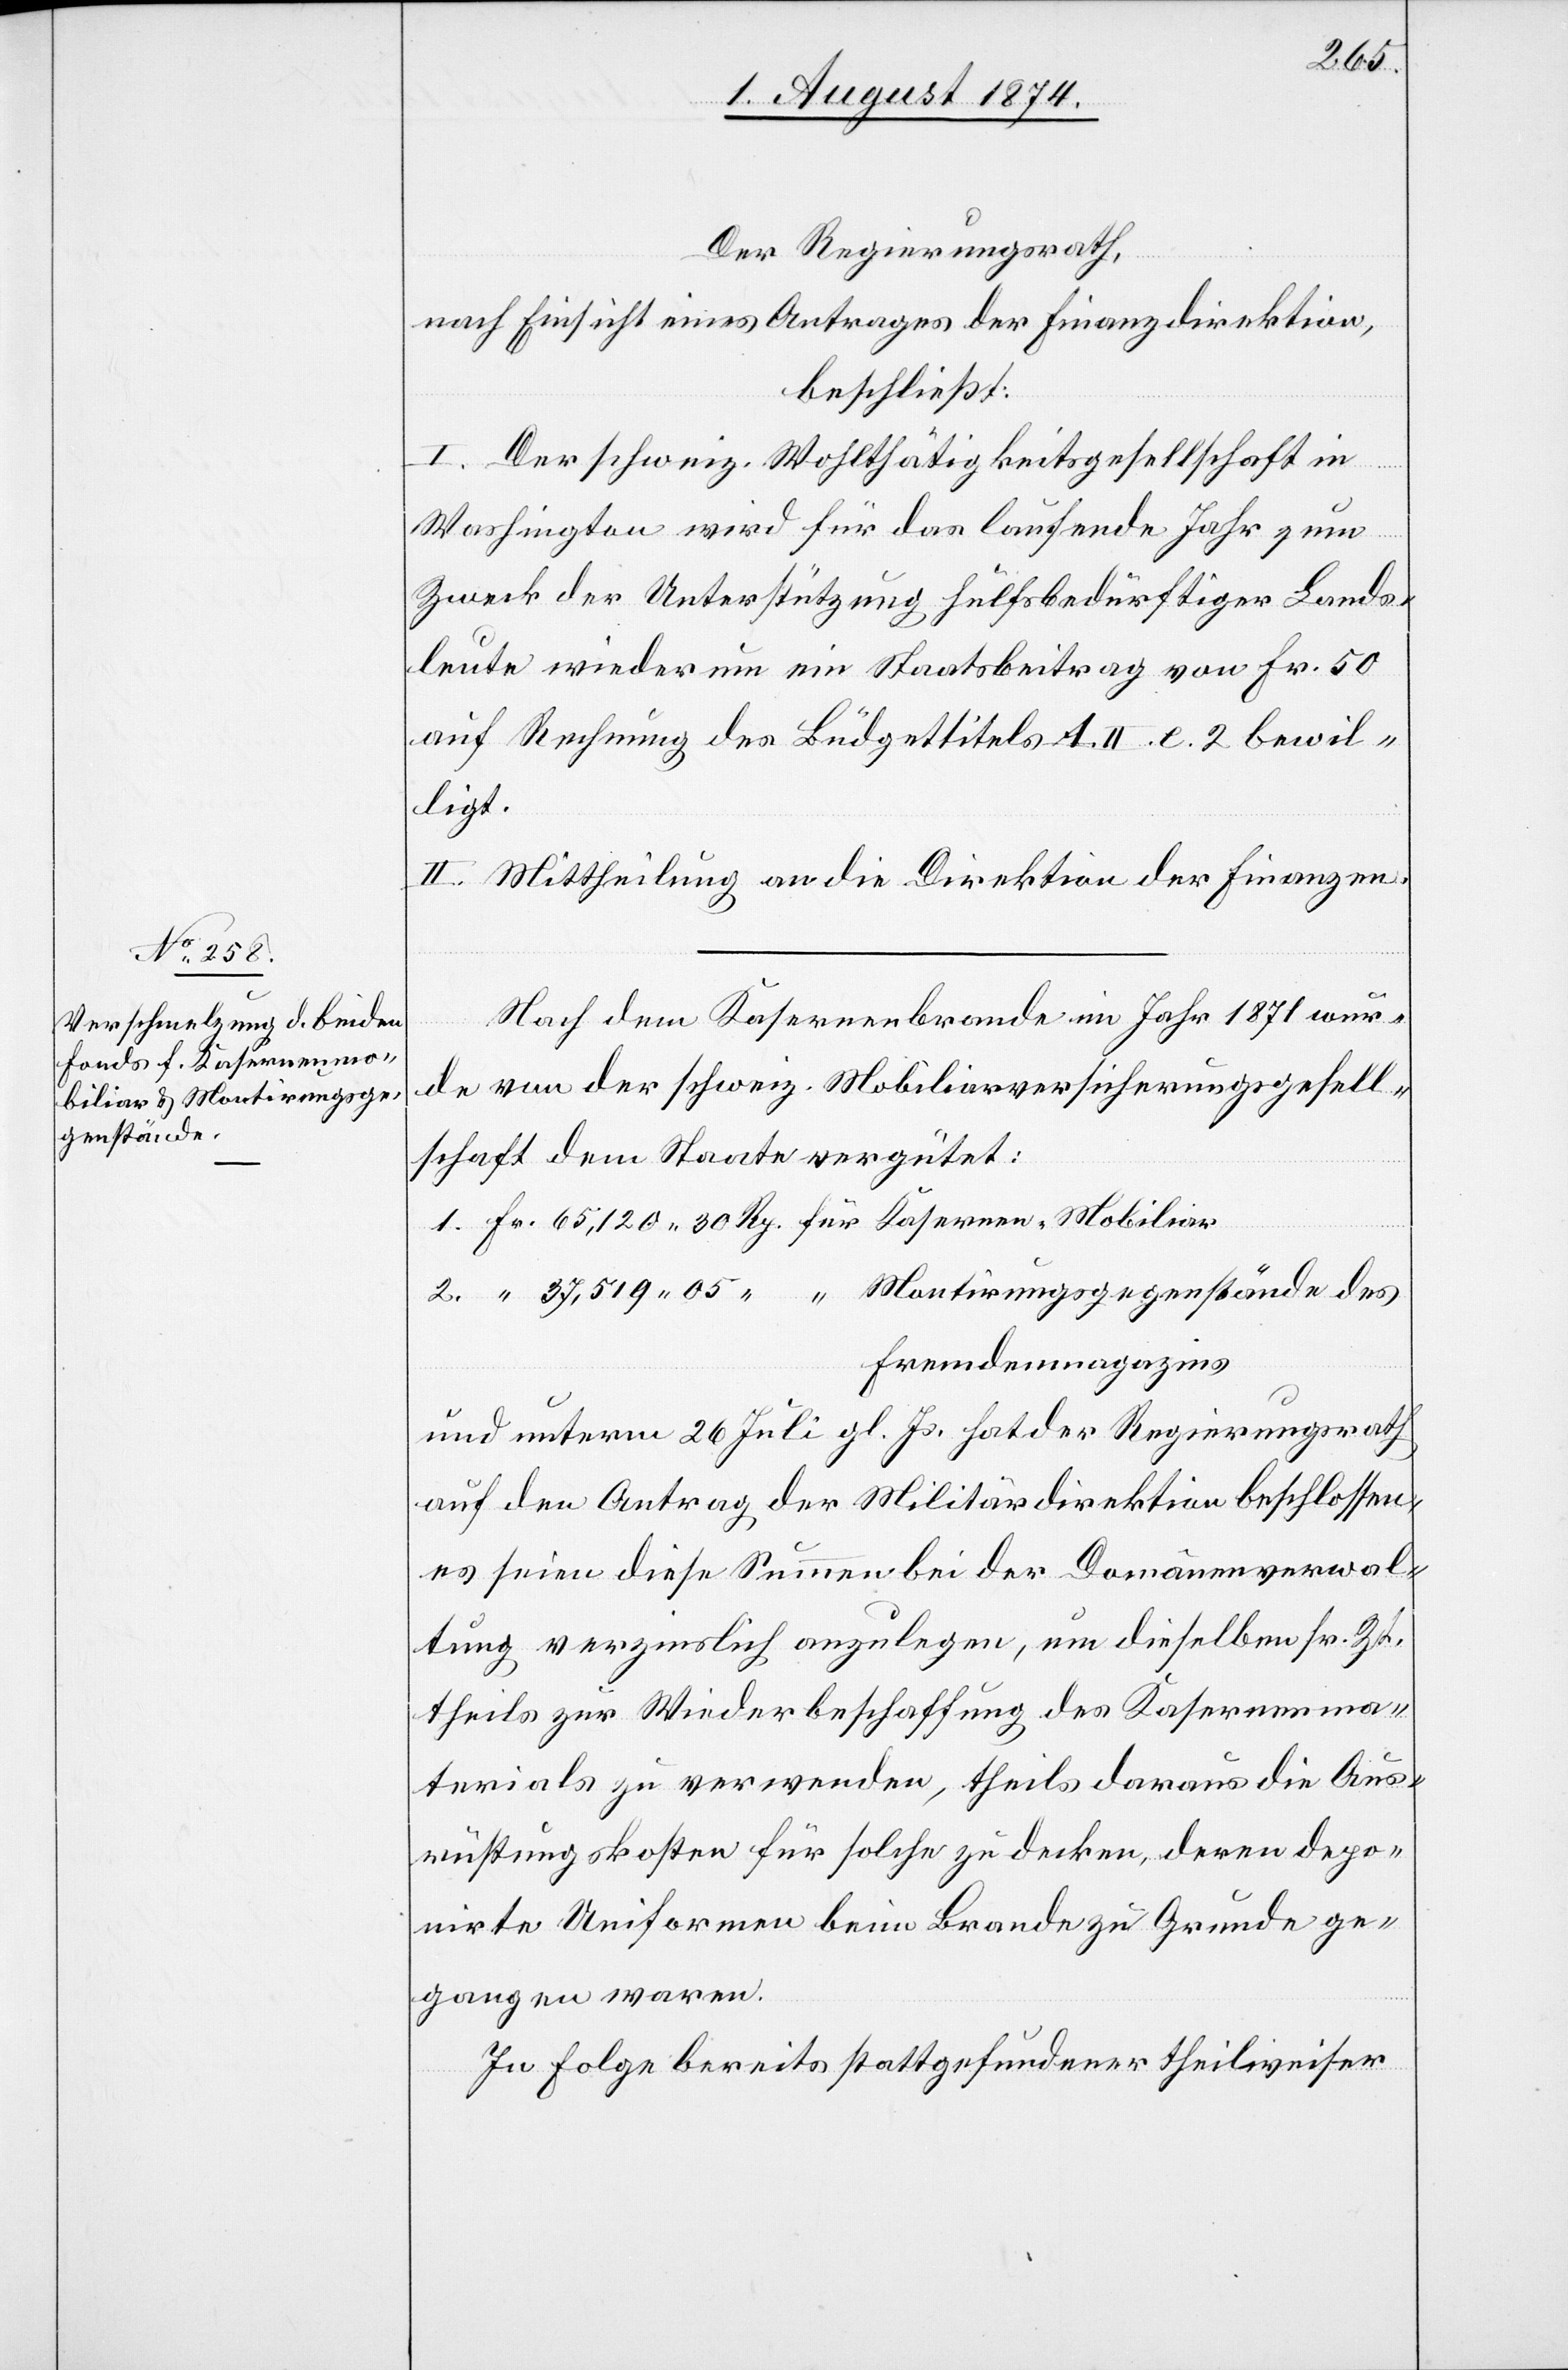
Der Regierungsrath,
“
nach Einsicht eines Antrages der Finanzdirektion,
beschließt:
I. Der schweiz. Wohlthätigkeitsgesellschaft in
2.
Washington wird für das laufende Jahre zum
Zweck der Unterstützung hülfsbedürftiger Lands¬
leute wiederum ein Staatsbeitrag von Fr. 50
auf Rechnung des Büdgettitels A. II. e. 2 bewil¬
ligt.
II. Mittheilung an die Direktion der Finanzen.
Nach dem Kasernenbrande im Jahr 1871 wur¬
de von der schweiz. Mobiliarversicherungsgesell¬
schaft dem Staate vergütet:
Fremdenmagazins
und unterm 26. Juli gl. Js. hat der Regierungsrath
auf den Antrag der Militärdirektion beschlossen,
es seien diese Summe bei der Domänenverwal¬
tung verzinslich anzulegen, um dieselben sr. Zt.
theils zur Wiederbeschaffung des Kasernenma¬
terials zu verwenden, theils daraus die Aus¬
rüstungskosten für solche zu decken, deren depo¬
nirte Uniformen beim Brande zu Grunde ge¬
gangen waren.
In Folge bereits stattgefundener theilweiser